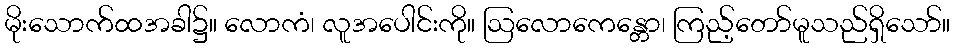
မိုးသောက်ထအခါ၌။ လောကံ၊ လူအပေါင်းကို။ ဩလောကေန္တော၊ ကြည့်တော်မူသည်ရှိသော်။